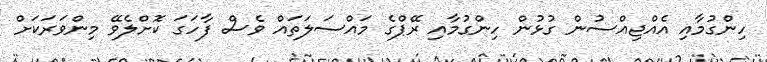
ހިންގުމާއި އެއްޖިއްސުން ގުޅުން ހިންގުމާއި ރޭޕްގެ މައްސަލަތައް ވެސް ފާހަގަ ކޮށްލެވޭ މިންވަރަކަށް